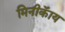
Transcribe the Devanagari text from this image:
मिनीकॅाय